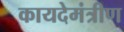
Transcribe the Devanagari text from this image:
कायदेमंत्रीण